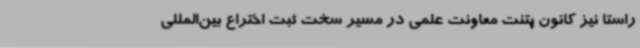
راستا نیز کانون پتنت معاونت علمی در مسیر سخت ثبت اختراع بین‌المللی